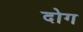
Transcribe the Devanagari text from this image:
दोग